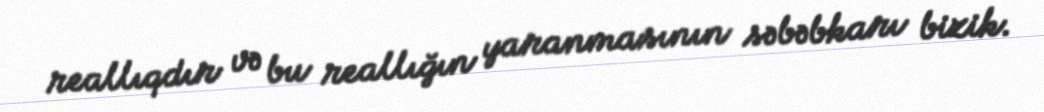
reallıqdır və bu reallığın yaranmasının səbəbkarı bizik.